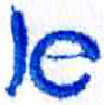
אות: א